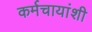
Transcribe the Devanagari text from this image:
कर्मचायांशी